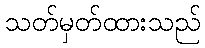
သတ်မှတ်ထားသည်